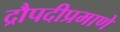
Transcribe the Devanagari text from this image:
द्रौपदीप्रमाणे